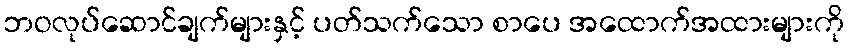
ဘဝလုပ်ဆောင်ချက်များနှင့် ပတ်သက်သော စာပေ အထောက်အထားများကို